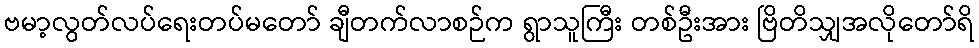
ဗမာ့လွတ်လပ်ရေးတပ်မတော် ချီတက်လာစဉ်က ရွာသူကြီး တစ်ဦးအား ဗြိတိသျှအလိုတော်ရိ